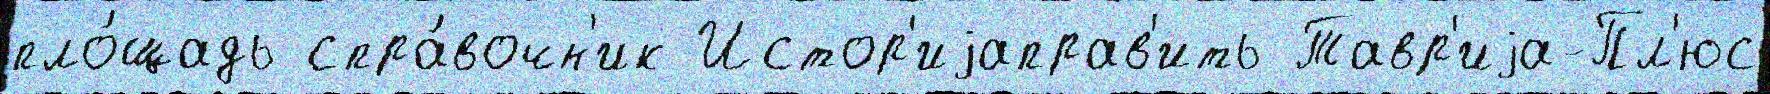
пло́щадь спра́вочн'ик Истор'иjаправ'ить Тавр'иjа-Пл'юс